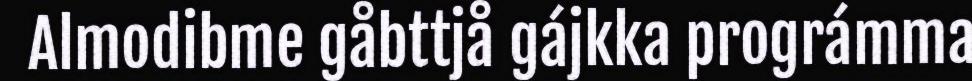
Almodibme gåbttjå gájkka prográmma